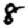
Digit: 8